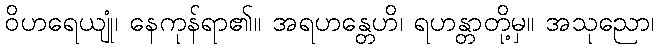
ဝိဟရေယျုံ၊ နေကုန်ရာ၏။ အရဟန္တေဟိ၊ ရဟန္တာတို့မှ။ အသုညော၊